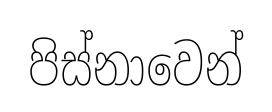
පිස්නාවෙන්